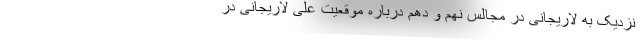
نزدیک به لاریجانی در مجالس نهم و دهم درباره موقعیت علی لاریجانی در